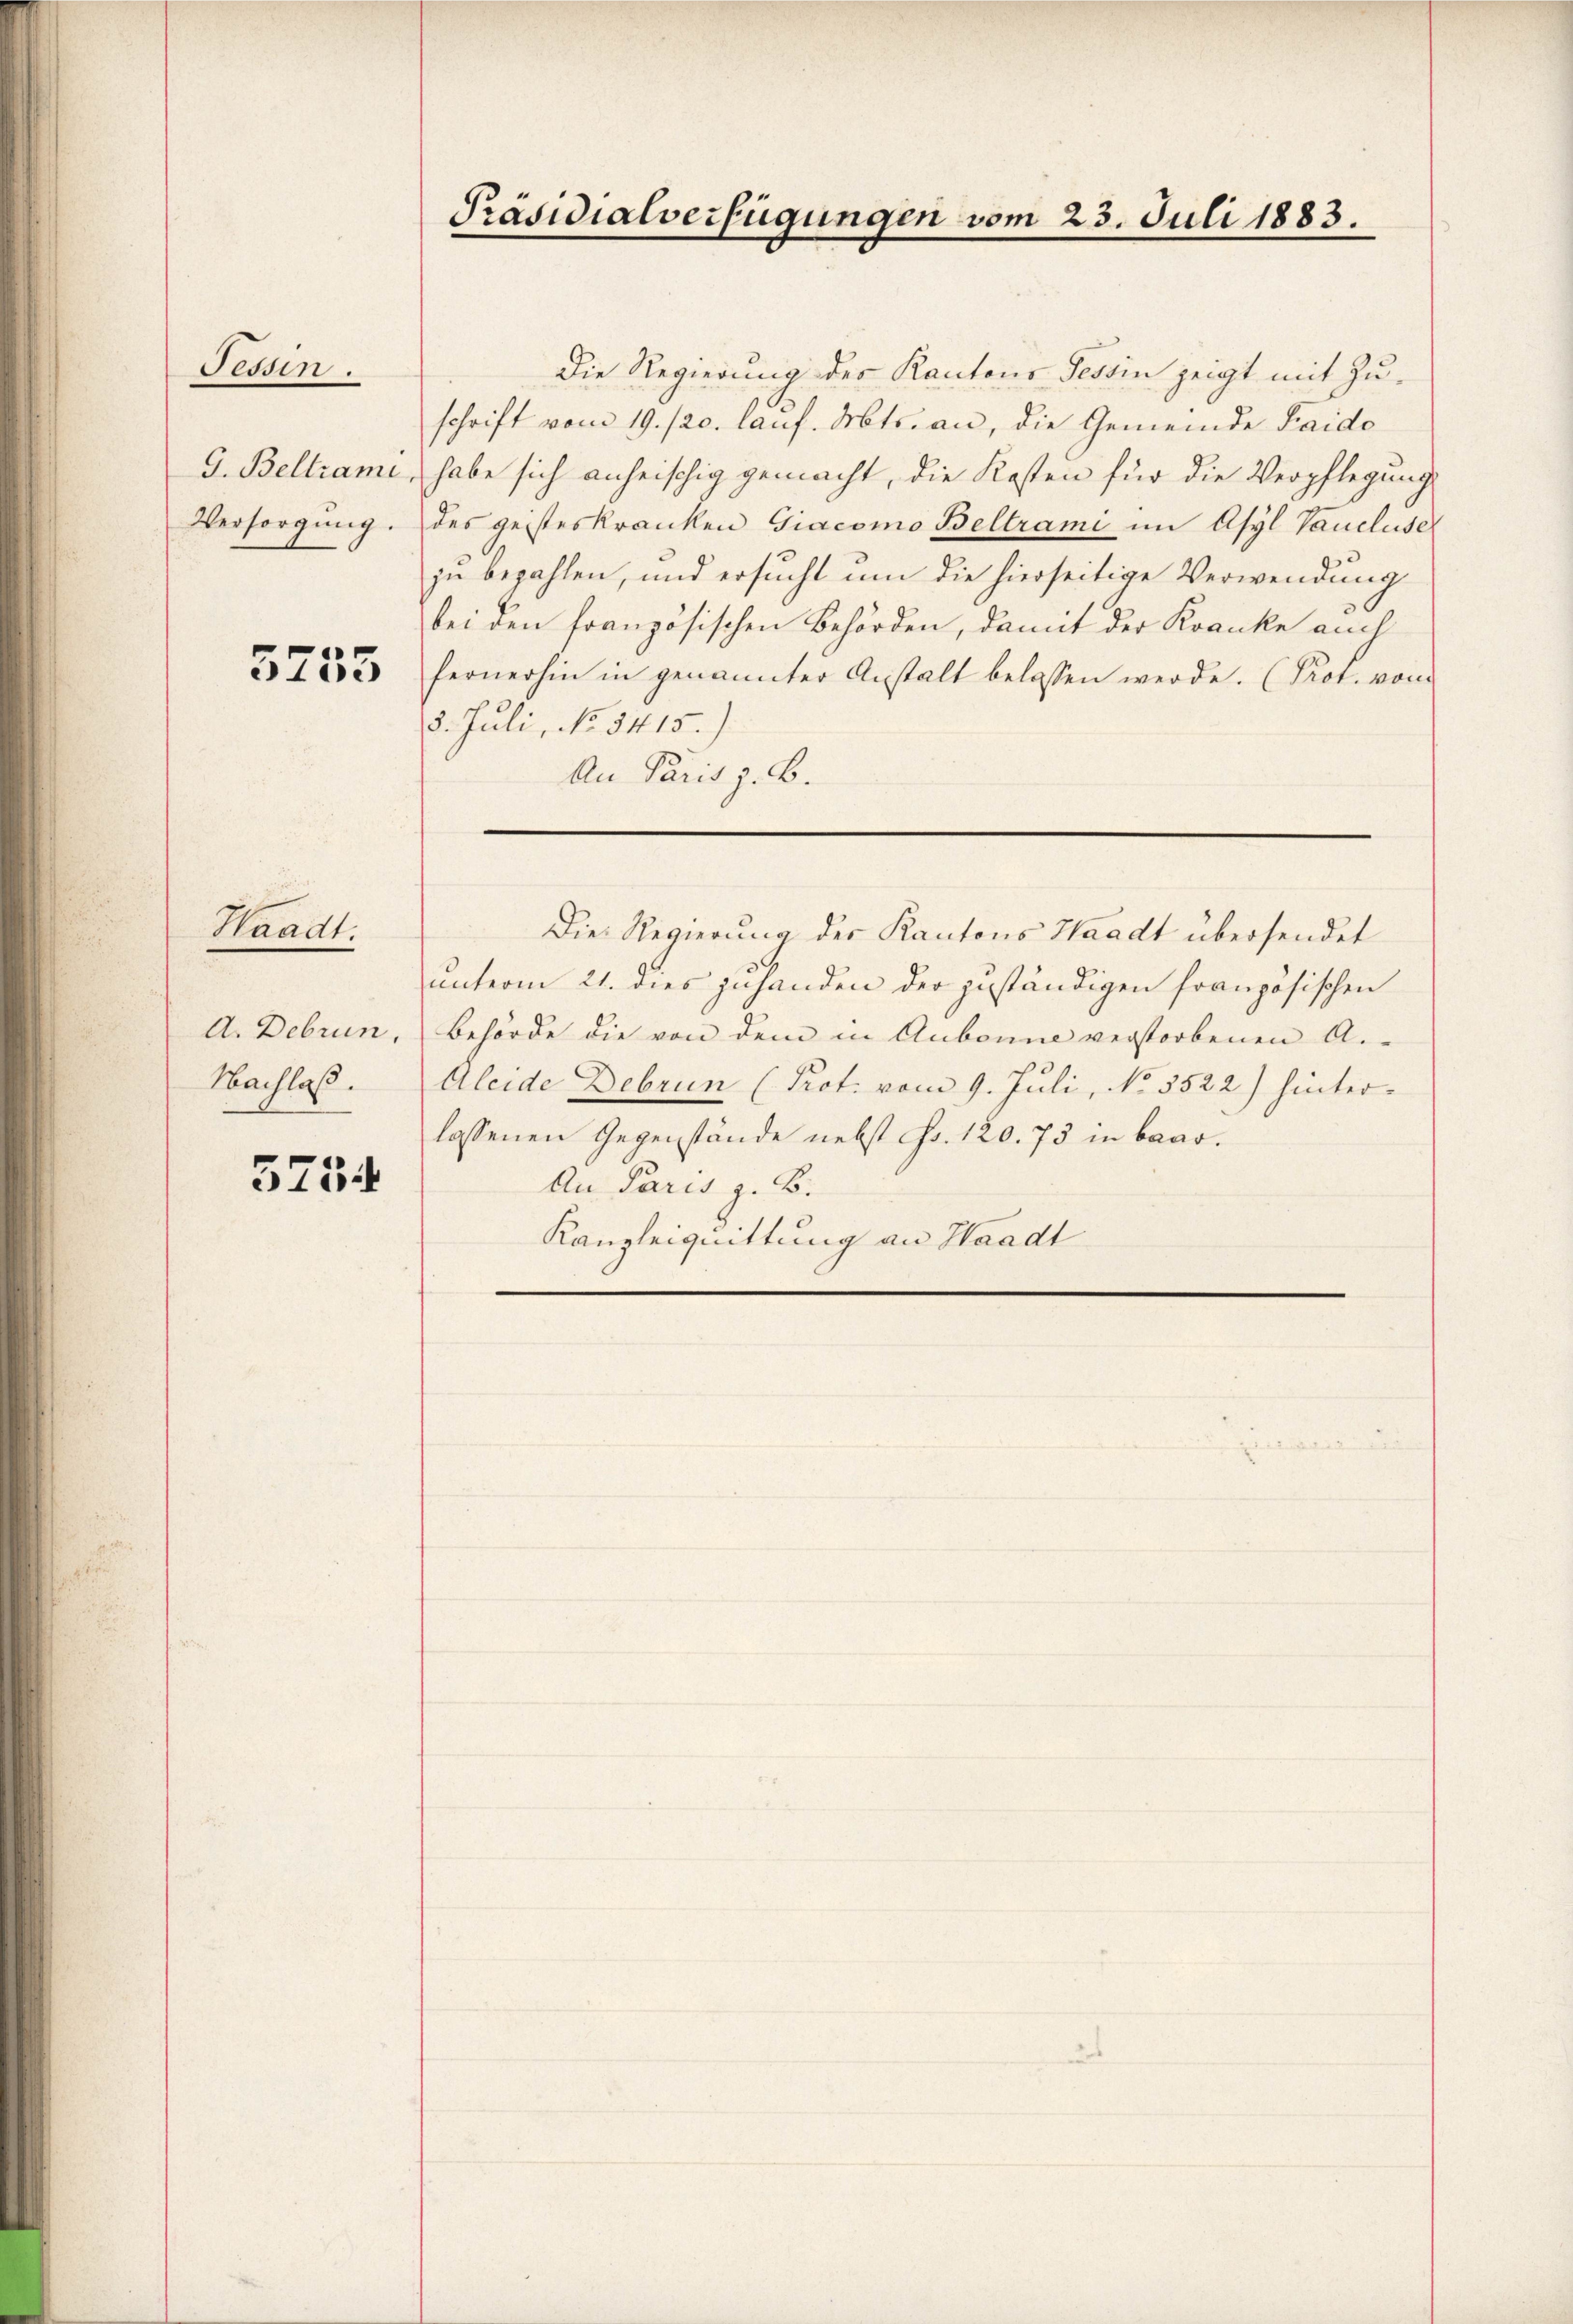
Tessin.
G. Beltrami,
Versorgung.

5755

d. Debrun
Nachlaß.

Waadt.

5754

Präsidialverfügungen vom 23. Juli 1883.

Die Regierung des Kantons Tessin zeigt mit Zu-
schrift vom 19. 120. lauf. Mts. an, die Gemeinde Faido
habe sich anheischig gemacht, die Kosten für die Verpflegung
des geisteskranken Giacomo Beltrami im Asyl Vaucluse
ju bezahlen, und ersucht um die hierseitige Verwendung
bei den französischen Behörden, damit der Kranke auch
fernerhin in genannter Anstalt belassen werde. (Prot. vom
8. Juli, No 5415.)
An Paris z. B.

unterm 21. dies zuhanden der zuständigen französischen
Behörde die von dem in Aubonne verstorbenen A.
Aleide Debrun (Prot. vom 9. Juli, No. 3522) hinterlassenen Gegenstände nebst Fr. 120. 73 in baar.
An Paris z. B.
Kanzleiquittung an Waadt

Die Regierung der Kantons Waadt übersendet